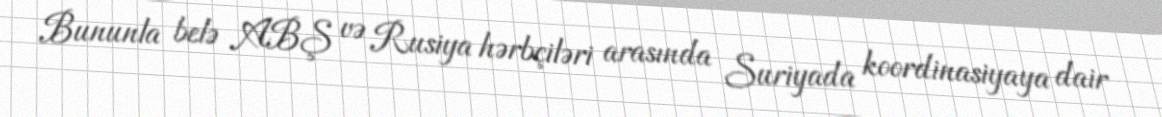
Bununla belə ABŞ və Rusiya hərbçiləri arasında Suriyada koordinasiyaya dair